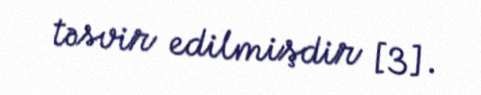
təsvir edilmişdir [3].